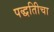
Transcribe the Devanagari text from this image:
पद्धतिीचा